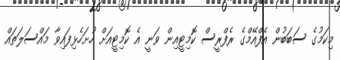
މިކަމުގެ ސަބަބުން އެފްއޭމްގެ ރެފްރީސް ކޮމިޓީއިން ވަނީ އެ ކޮމިޓީއަށް ހުށަހެޅިފައިވާ މައްސަލަތައް